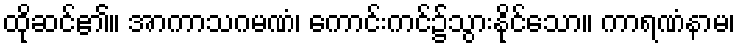
ထိုဆင်၏။ အာကာသဂမဏံ၊ ကောင်းကင်၌သွားနိုင်သော။ ကာရဏံနာမ၊